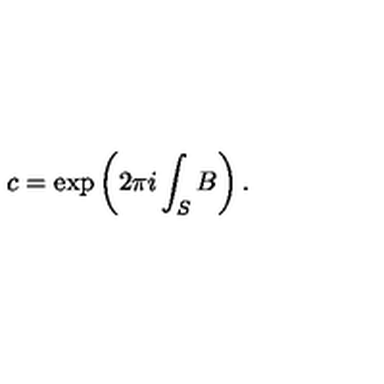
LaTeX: c = \exp \left( 2 \pi i \int _ { S } B \right) .